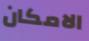
الامكان